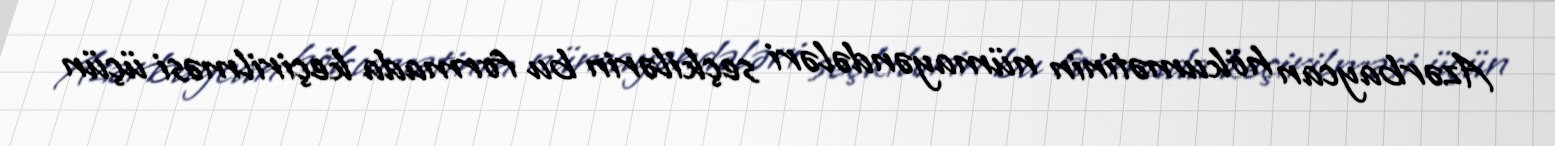
Azərbaycan hökumətinin nümayəndələri seçkilərin bu formada keçirilməsi üçün